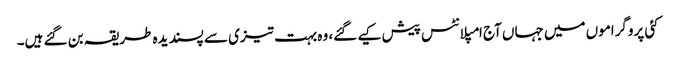
کئی پروگراموں میں جہاں آج امپلانٹس پیش کیے گئے، وہ بہت تیزی سے پسندیدہ طریقہ بن گئے ہیں۔